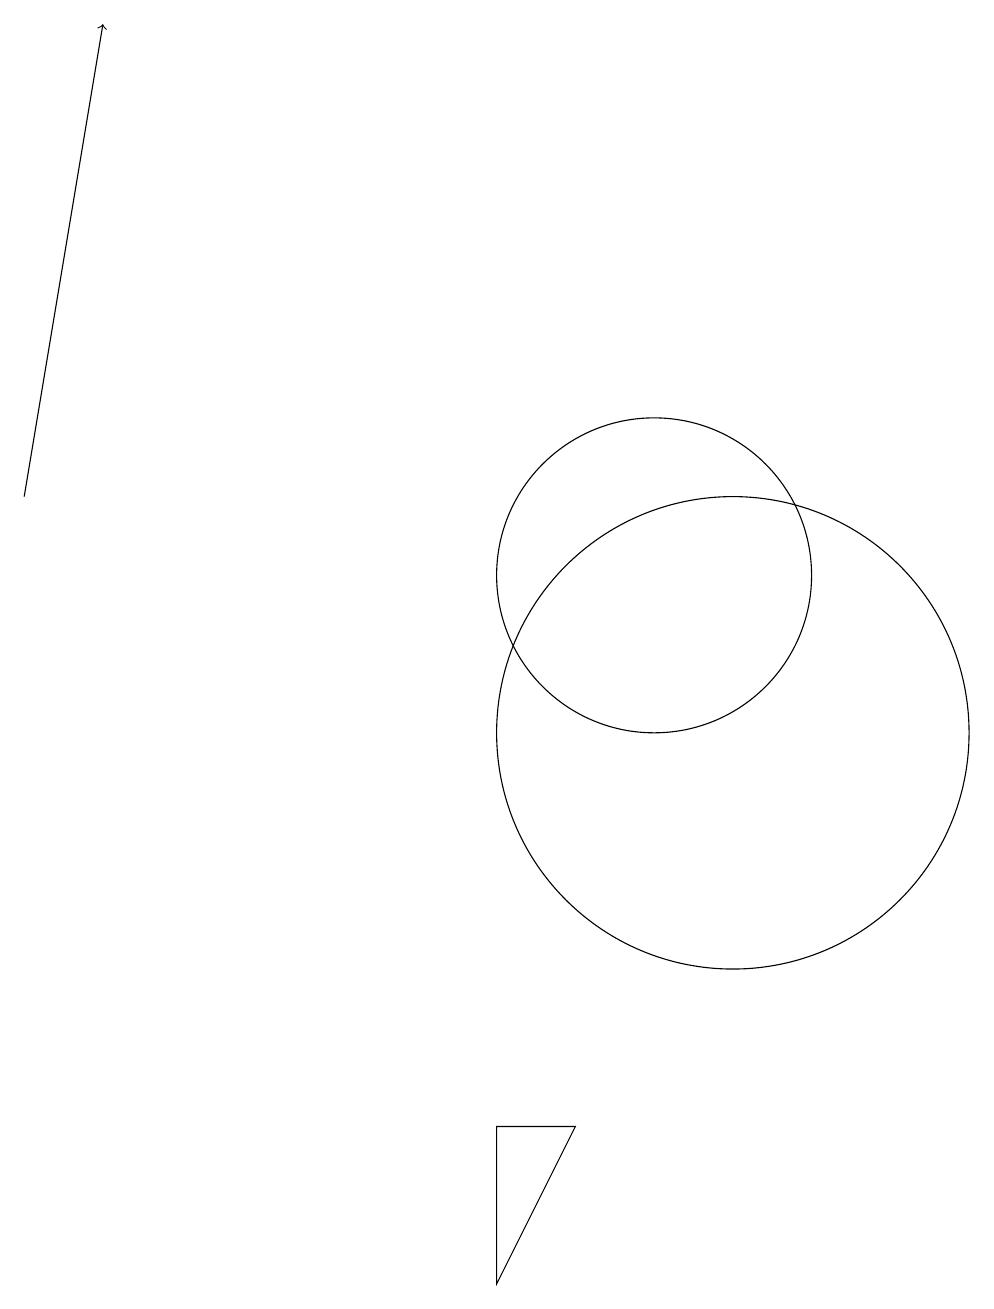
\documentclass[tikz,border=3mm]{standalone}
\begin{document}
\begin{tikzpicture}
\draw (10,12) circle (2);
\draw (11,10) circle (3);
\draw (11,10) circle (0);
\draw (8,3) -- (8,5) -- (9,5) -- cycle;
\draw[->] (2,13) -- (3,19);
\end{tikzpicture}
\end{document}